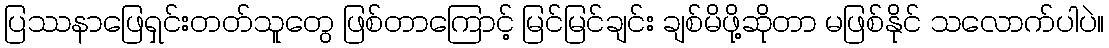
ပြဿနာဖြေရှင်းတတ်သူတွေ ဖြစ်တာကြောင့် မြင်မြင်ချင်း ချစ်မိဖို့ဆိုတာ မဖြစ်နိုင် သလောက်ပါပဲ။